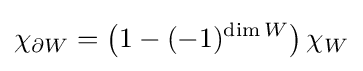
\chi _{\partial W}=\left(1-(-1)^{\dim W}\right)\chi _{W}